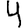
Digit: 4